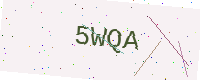
Text: 5WQA